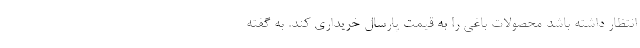
انتظار داشته باشد محصولات باغی را به قیمت پارسال خریداری کند. به گفته